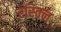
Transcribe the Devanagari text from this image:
रस्क्नि